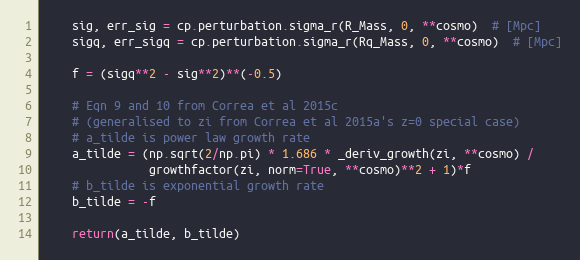
Language: Python
    sig, err_sig = cp.perturbation.sigma_r(R_Mass, 0, **cosmo)  # [Mpc]
    sigq, err_sigq = cp.perturbation.sigma_r(Rq_Mass, 0, **cosmo)  # [Mpc]

    f = (sigq**2 - sig**2)**(-0.5)

    # Eqn 9 and 10 from Correa et al 2015c
    # (generalised to zi from Correa et al 2015a's z=0 special case)
    # a_tilde is power law growth rate
    a_tilde = (np.sqrt(2/np.pi) * 1.686 * _deriv_growth(zi, **cosmo) /
               growthfactor(zi, norm=True, **cosmo)**2 + 1)*f
    # b_tilde is exponential growth rate
    b_tilde = -f

    return(a_tilde, b_tilde)